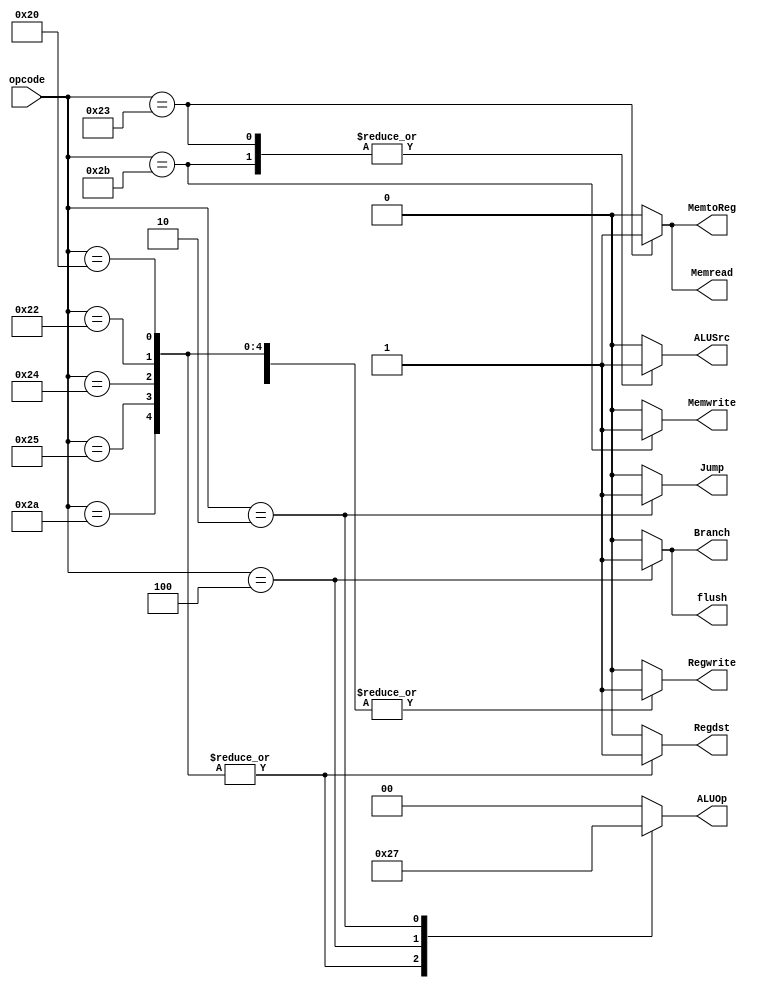
      module controlunit(input [5:0]opcode,
output reg Regdst, Jump, Branch, Memread, MemtoReg, 
Memwrite, ALUSrc, Regwrite,
output reg[1:0] ALUOp, output reg flush
    );
	 always @(*)begin
	 case(opcode)
	 6'b100000 ,6'b100010, 6'b100100, 6'b100101
	


 , 6'b101010:begin//r-type
	 Regdst<=1'b1;
	 ALUSrc<=1'b0;
	 Jump<=1'b0;
	 Branch<=1'b0;
	 Memread<=1'b0;
	 MemtoReg<=1'b0;
	 Memwrite<=1'b0; 
	 Regwrite<=1'b1;
	 ALUOp<=2'b10;
	 flush<=1'b0;
	 
	 end
	 
	 
	 
	 6'b100011:begin//lw
	 Regdst<=1'b0;
	 ALUSrc<=1'b1;
	 Jump<=1'b0;
	 Branch<=1'b0;
	 Memread<=1'b1;
	 MemtoReg<=1'b1;
	 Memwrite<=1'b0; 
	 Regwrite<=1'b1;
	 ALUOp<=2'b00;
	 flush<=1'b0;
	 end
	 6'b101011:begin//sw
	 Regdst<=1'b0;
	 ALUSrc<=1'b1;
	 Jump<=1'b0;
	 Branch<=1'b0;
	 Memread<=1'b0;
	 MemtoReg<=1'b0;
	 Memwrite<=1'b1; 
	 Regwrite<=1'b0;
	 ALUOp<=2'b00;
	 flush<=1'b0;
	 end
	 6'b000100:begin//beq
	 Regdst<=1'b0;
	 ALUSrc<=1'b0;
	 Jump<=1'b0;
	 Branch<=1'b1;
	 Memread<=1'b0;
	 MemtoReg<=1'b0;
	 Memwrite<=1'b0; 
	 Regwrite<=1'b0;
	 ALUOp<=2'b01;
	 flush<=1'b1;
	 end
	 6'b000010:begin//jump
	 Regdst<=1'b0;
	 ALUSrc<=1'b0;
	 Jump<=1'b1;
	 Branch<=1'b0;
	 Memread<=1'b0;
	 MemtoReg<=1'b0;
	
flush<=1'b0;

 Memwrite<=1'b0; 
	 Regwrite<=1'b0;
	 ALUOp<=2'b11;
	 end
	 default:begin // default case
        Regdst<=1'b0;
        ALUSrc<=1'b0;
        Jump<=1'b0;
        Branch<=1'b0;
        Memread<=1'b0;
        MemtoReg<=1'b0;
        Memwrite<=1'b0;
        Regwrite<=1'b0;
        ALUOp<=2'b00; // or whatever default value you want for ALUOp
		  flush<=1'b0;
    end
	 endcase
	 end


endmodule